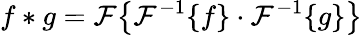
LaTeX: f*g={\mathcal{F}}{\big\{ }{\mathcal{F}}^{-1}\{ f\} \cdot{\mathcal{F}}^{-1}\{ g\} {\big\} }